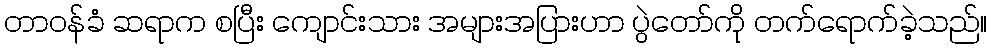
တာဝန်ခံ ဆရာက စပြီး ကျောင်းသား အများအပြားဟာ ပွဲတော်ကို တက်ရောက်ခဲ့သည်။